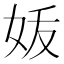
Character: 𰋼